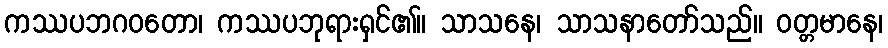
ကဿပဘဂဝတော၊ ကဿပဘုရားရှင်၏။ သာသနေ၊ သာသနာတော်သည်။ ဝတ္တမာနေ၊